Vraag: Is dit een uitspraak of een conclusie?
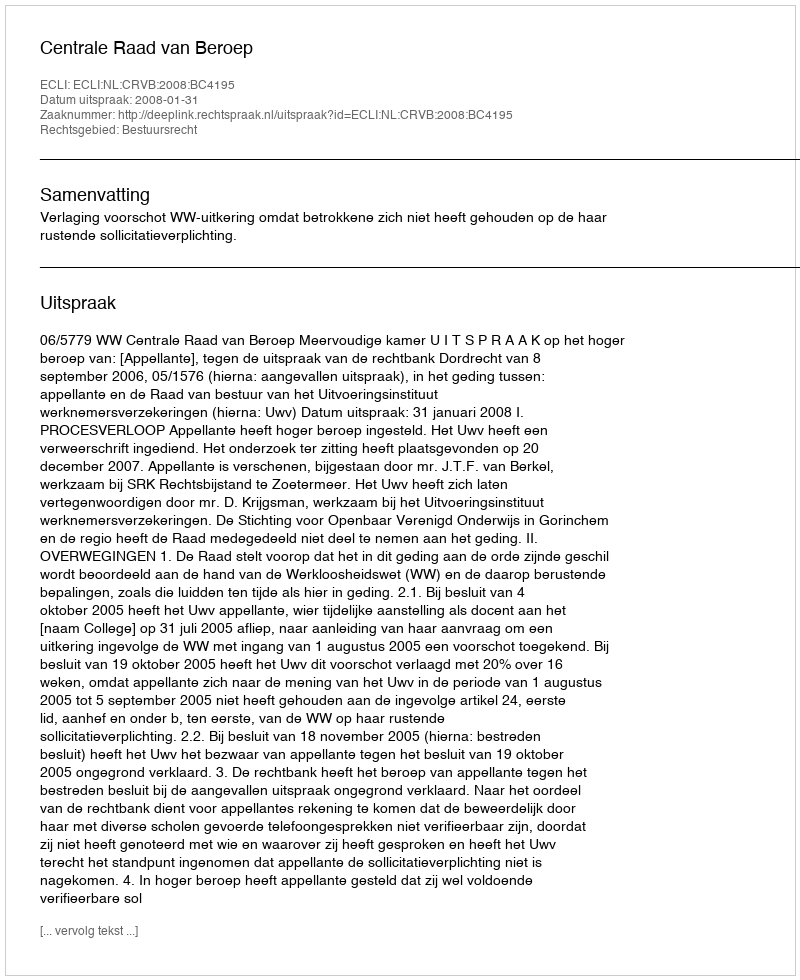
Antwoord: Uitspraak